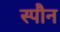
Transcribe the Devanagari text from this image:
स्पौन